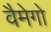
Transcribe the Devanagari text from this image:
वैमेगो